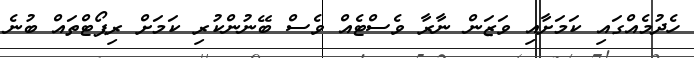
ހެދުމެއްގައި ކަމަށާއި ވަޒަން ނާރާ ވެސްޓެއް ވެސް ބޭނުންކުރި ކަމަށް ރިޕޯޓްތައް ބުނެ